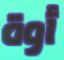
أوة